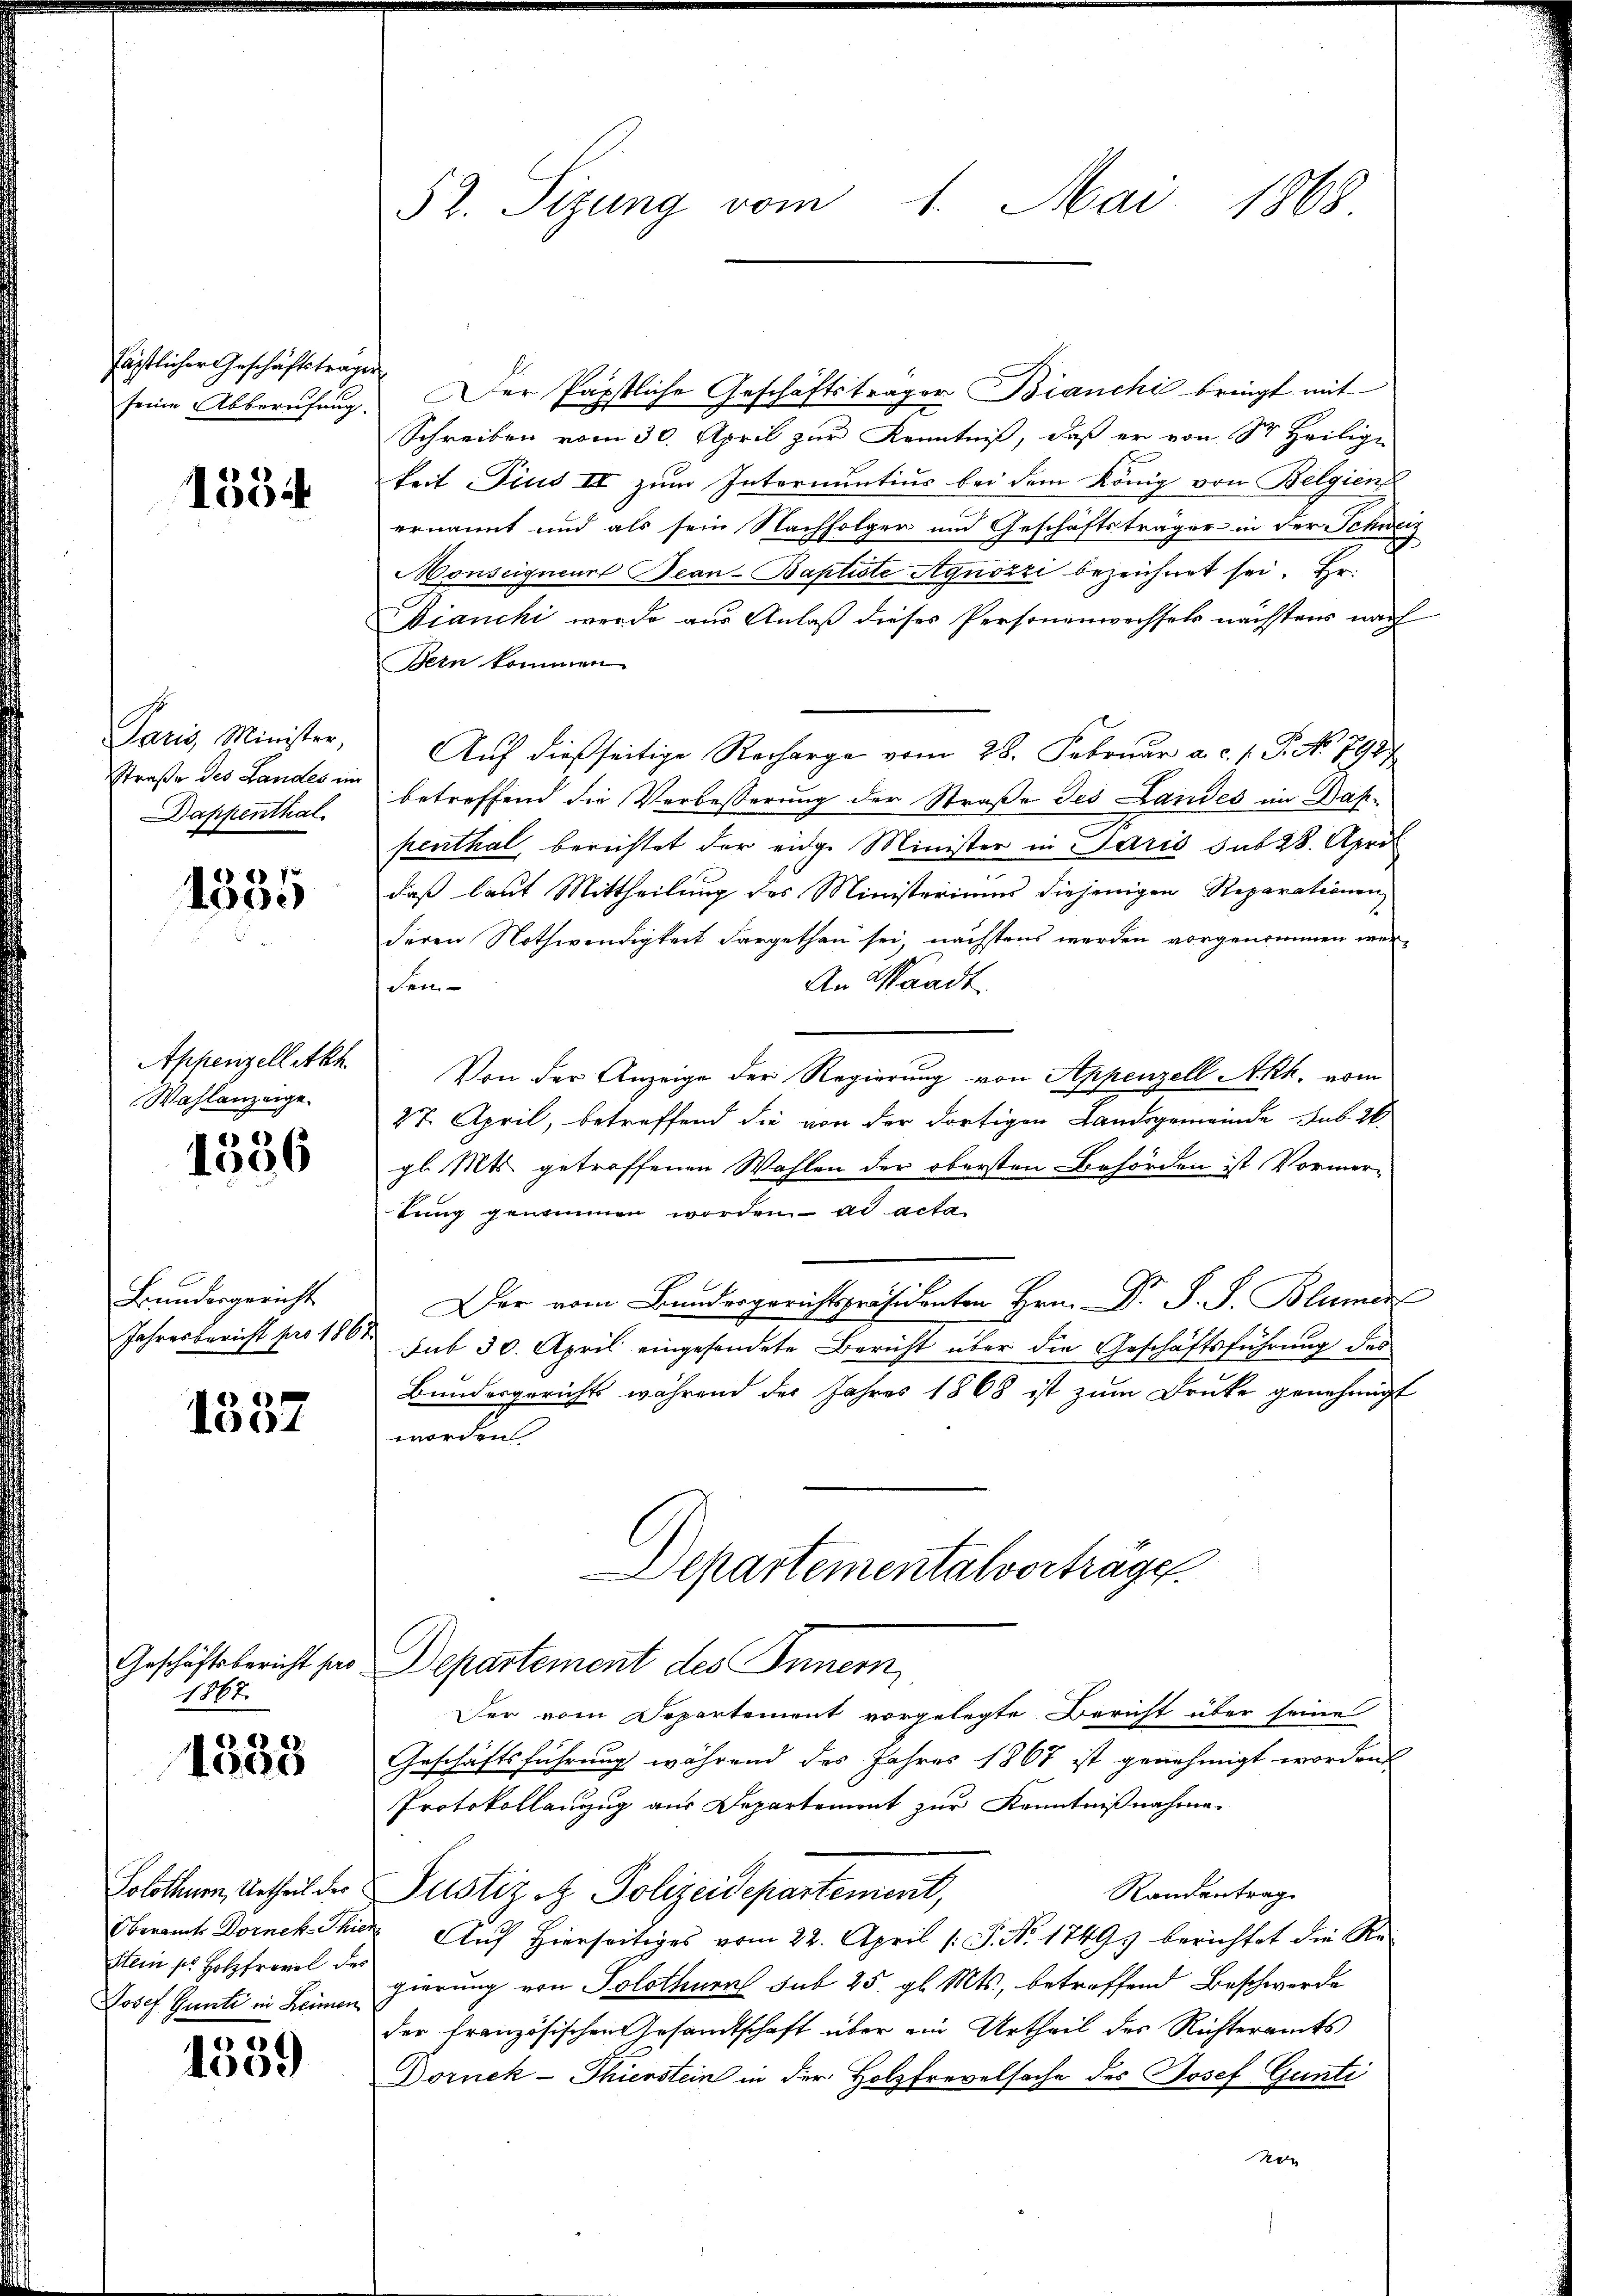
fästlicher Geschäftstrage
seine Abberufung.

1534

Paris, Minister,
straße des Landes ein
Dappenthal

1335

Appenzelletkh
Wahlanzeige.

e1)
1006

Bundesgericht
Jahresbericht pro 186

6
01

Geschäftsbericht pro
1867.

d
1005

Solothurn, Urtheil der
Oberamts Dornek-Thie
Stein so. Holzfrovil des
Josef Günte in Heimen

e
1009

52. Sizung vom 1. Mai 1868

er Päpstliche Geschäftsträger Bianchi bringt mit
Schreiben vom 30. April zur Kenntniß, daß er von Sr. Heilige
keit Pius IV zum Internuntius bei dem König von Belgien
ernannt und als sein Nachfolger und Geschäftsträger in der Schweiz
Honseigneur Beau-Baptiste Agnozzi bezeichnet sei. Hr
Bianchi werde aus Anlaß dieses Personenwechsels nächstens nach
Bern kommen.
Auf dießseitige Recharge vom 28. Februar a. c. s. S. No 791)
betreffend die Verbesserung der Straße Jes Landes im Daspenthal, berichtet der enge Minister in Paris sub 28. Apri
daß laut Mittheilung des Ministeriums diejenigen Reparationen
deren Nothwendigkeit dargethan sei, nächstens werden vorgenommen wer¬
An Waadt.
den
Von der Anzeige der Regierung von Appenzell Akh. vom
27. April, betreffend Sie von der dortigen Landsgemeinde sub 2.
gl. Mts. getroffenen Wahlen der obersten Behörden ist Vormertung genommen worden ad acta
Der vom Baudergerichtspräsidenten Hrn. Dr. P. J. Blümer
sub 30. April eingesendete Bericht über die Geschäftsführung des
Bundergericht während der Jahres 1868 ist zum Druke genehmigt
werden
Departementalverträge.
Departement des Innern,
Der vom Departement vorgelegte Bericht über seine
Geschäftsführung während des Jahres 1867 ist genehmigt worden
Protokollanzug aus Departemont zur Kenntnißnahme.
Randantrag.
Justiz & Polizeidepartement,
 Auf Hierseitiges vom 22. April /: P. Nr. 1749. berichtet die Re-
gierung von Solothurn sub 25. gl. Mts., betreffend Beschwerde
der Französischen Gesandtschaft über ein Urtheil des Richteramts
Dornek-Thierstein in der Holzfrevelsache des Josef Günti
Non